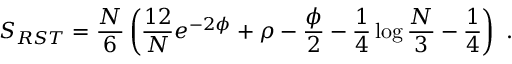
S _ { R S T } = { \frac { N } { 6 } } \left( { \frac { 1 2 } { N } } e ^ { - 2 \phi } + \rho - { \frac { \phi } { 2 } } - { \frac { 1 } { 4 } } \log { \frac { N } { 3 } } - { \frac { 1 } { 4 } } \right) \ .